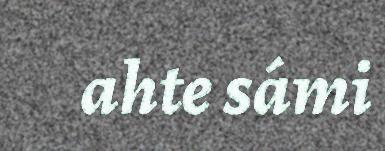
ahte sámi